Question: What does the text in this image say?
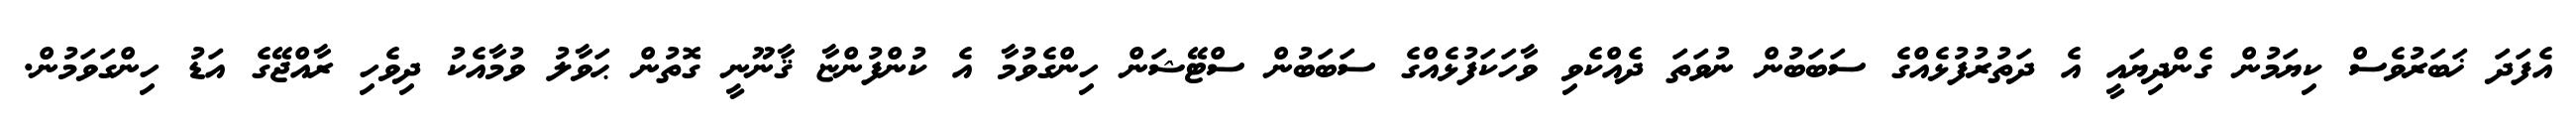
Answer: އެފަދަ ޚަބަރުވެސް ކިޔަމުން ގެންދިޔައީ އެ ދަތުރުފުޅެއްގެ ސަބަބުން ނުވަތަ ދެއްކެވި ވާހަކަފުޅެއްގެ ސަބަބުން ސްޓޭޝަން ހިންގެވުމާ އެ ކުންފުންޏާ ޤާނޫނީ ގޮތުން ޙަވާލު ވުމާއެކު ދިވެހި ރާއްޖޭގެ އަޑު ހިންގަވަމުން.